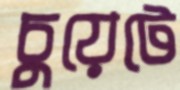
চুয়েটে